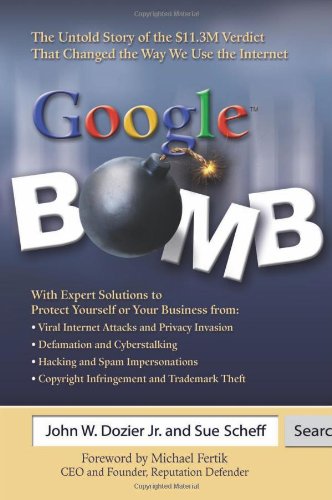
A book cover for Google Bomb: The Untold Story of the $11.3M Verdict That Changed the Way We Use the Internet; John W. Dozier  Jr.; Computers & Technology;